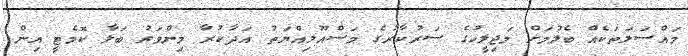
މައްސަލަތަކެއް ބެލުމަށް މަޖިލީހުގެ ސަރުކާރުގެ މަސްއޫލިއްޔަތު އަަދާކުރާ މިންވަރު ބަލާ ކޮމެޓީ އިން